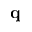
\mathbf { q }